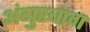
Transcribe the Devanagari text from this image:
अंगुरबाग